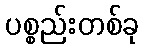
ပစ္စည်းတစ်ခု